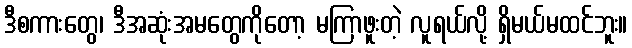
ဒီစကားတွေ၊ ဒီအဆုံးအမတွေကိုတော့ မကြာဖူးတဲ့ လူရယ်လို့ ရှိမယ်မထင်ဘူး။